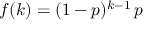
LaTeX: f ( k ) = ( 1 - p ) ^ { k - 1 } \, p